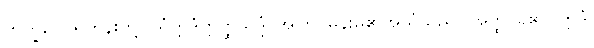
ဘိက္ခဝေ၊ ရဟန်းတို့။ ယံဣဒံဣတ္ထိသဒ္ဒံ၊ အကြင်မိန်းမ၏အသံသည်။ အတ္ထိ၊ ရှိ၏။ ဣဒံ၊